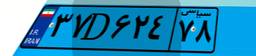
۳۷D۶۲۴۷۸